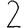
Digit: 2